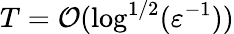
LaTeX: T=\mathcal{O}({\log^{1/2}(\varepsilon^{-1})})